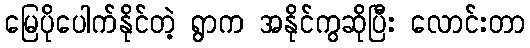
မြေပိုပေါက်နိုင်တဲ့ ရွာက အနိုင်ကွဆိုပြီး လောင်းတာ